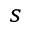
_ s